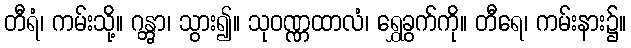
တီရံ၊ ကမ်းသို့။ ဂန္တွာ၊ သွား၍။ သုဝဏ္ဏထာလံ၊ ရွှေခွက်ကို။ တီရေ၊ ကမ်းနား၌။